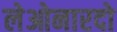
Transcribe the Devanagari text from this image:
लेओनारदो